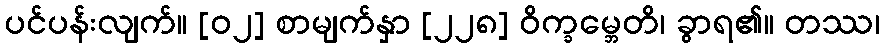
ပင်ပန်းလျက်။ [၀၂] စာမျက်နှာ [၂၂၈] ဝိက္ခမ္ဘေတိ၊ ခွာရ၏။ တဿ၊